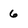
Character: 6